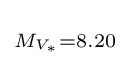
\scriptstyle M_{V_{\ast }}=8.20